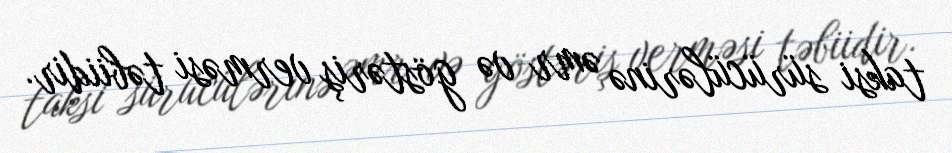
taksi sürücülərinə əmr və göstəriş verməsi təbiidir.